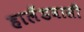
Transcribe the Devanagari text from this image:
हालैंडवासी